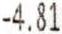
-4.81